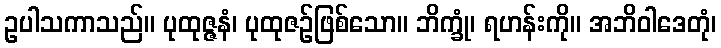
ဥပါသကာသည်။ ပုထုဇ္ဇနံ၊ ပုထုဇဉ်ဖြစ်သော။ ဘိက္ခုံ၊ ရဟန်းကို။ အဘိဝါဒေတုံ၊